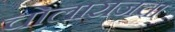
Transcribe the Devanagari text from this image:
चोलाराजचा